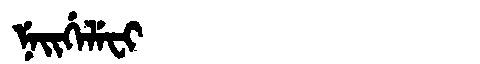
Manchu: ᠨᡝᡳᡤᡝᠯᡝᠸᡳ
Romanization: NEIGELEFI